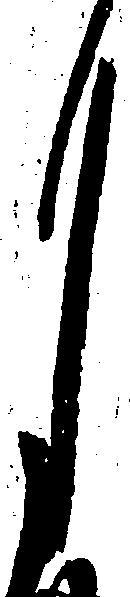
月